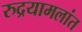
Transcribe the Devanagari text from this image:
रुद्रयामलांत